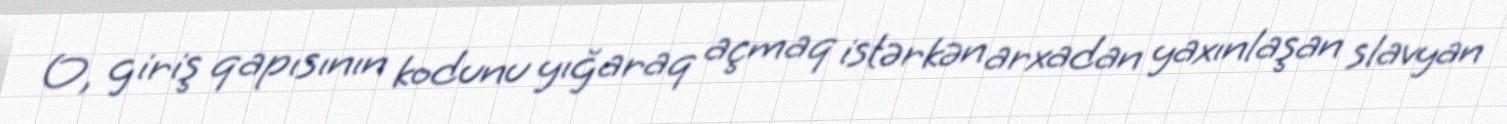
O, giriş qapısının kodunu yığaraq açmaq istərkən arxadan yaxınlaşan slavyan